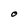
Character: O